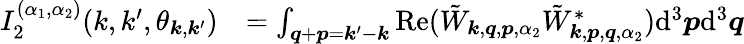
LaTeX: \begin{array}{rl}{I_{\mathrm{2}}^{(\alpha_{1},\alpha_{2})}(k,k^{\prime},\theta_{\boldsymbol{k},\boldsymbol{k}^{\prime}})}&{=\int_{\boldsymbol{q}+\boldsymbol{p}=\boldsymbol{k}^{\prime}-\boldsymbol{k}}\mathrm{Re}(\tilde{W}_{\boldsymbol{k},\boldsymbol{q},\boldsymbol{p},\alpha_{2}}\tilde{W}_{\boldsymbol{k},\boldsymbol{p},\boldsymbol{q},\alpha_{2}}^{*})\mathrm{d}^{3}\boldsymbol{p}\mathrm{d}^{3}\boldsymbol{q}}\end{array}